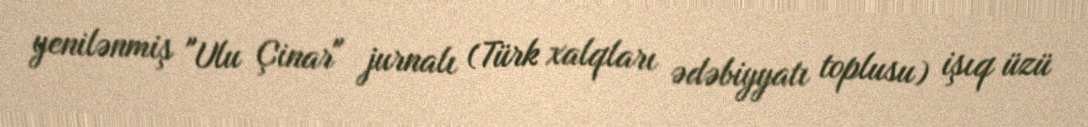
yenilənmiş "Ulu Çinar" jurnalı (Türk xalqları ədəbiyyatı toplusu) işıq üzü